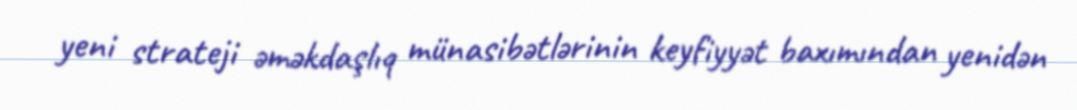
yeni strateji əməkdaşlıq münasibətlərinin keyfiyyət baxımından yenidən